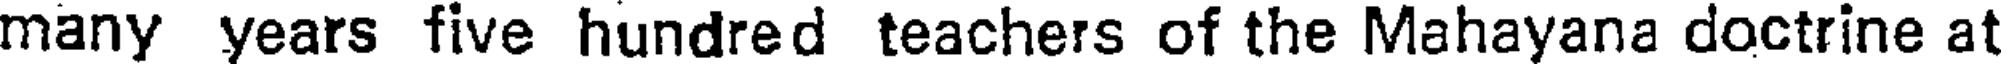
many years five hundred teachers of the Mahayana doctrine at